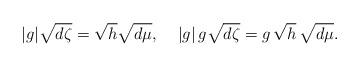
LaTeX: \begin{align*}|g| \sqrt{d\zeta} =\sqrt{ h} \sqrt{d\mu},\;\; \;\; |g|\, g \sqrt{d\zeta} =g \, \sqrt{ h}\, \sqrt{d\mu}.\end{align*}